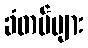
ခံတပ်များ